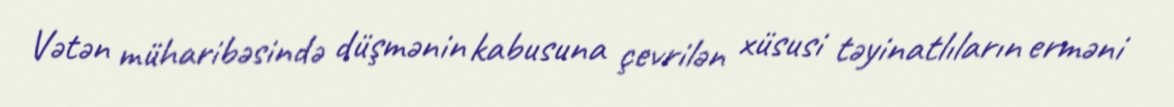
Vətən müharibəsində düşmənin kabusuna çevrilən xüsusi təyinatlıların erməni